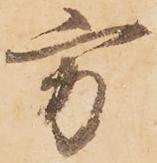
方